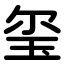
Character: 玺